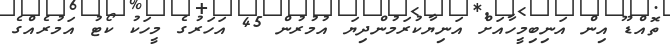
ތޮއްޑޫ އިން އަނިބިމީހާއަށް އަނިޔާކުރަމުންދިޔަ އުމުރުން 45 އަހަރުގެ މީހަކު ކޯޓު އަމުރެއްގެ